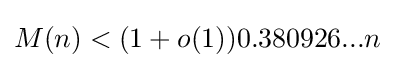
M(n)<(1+o(1))0.380926...n